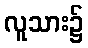
လူသား၌